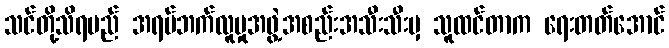
သင်တို့သိရမည် အရပ်ဘက်လူမှုအဖွဲ့အစည်းအသီးသီးမှ သူထင်တာက ရေးတတ်အောင်